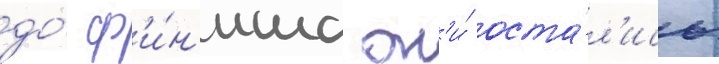
до́ ф'и́н'иша он'и́ оста́л'ись